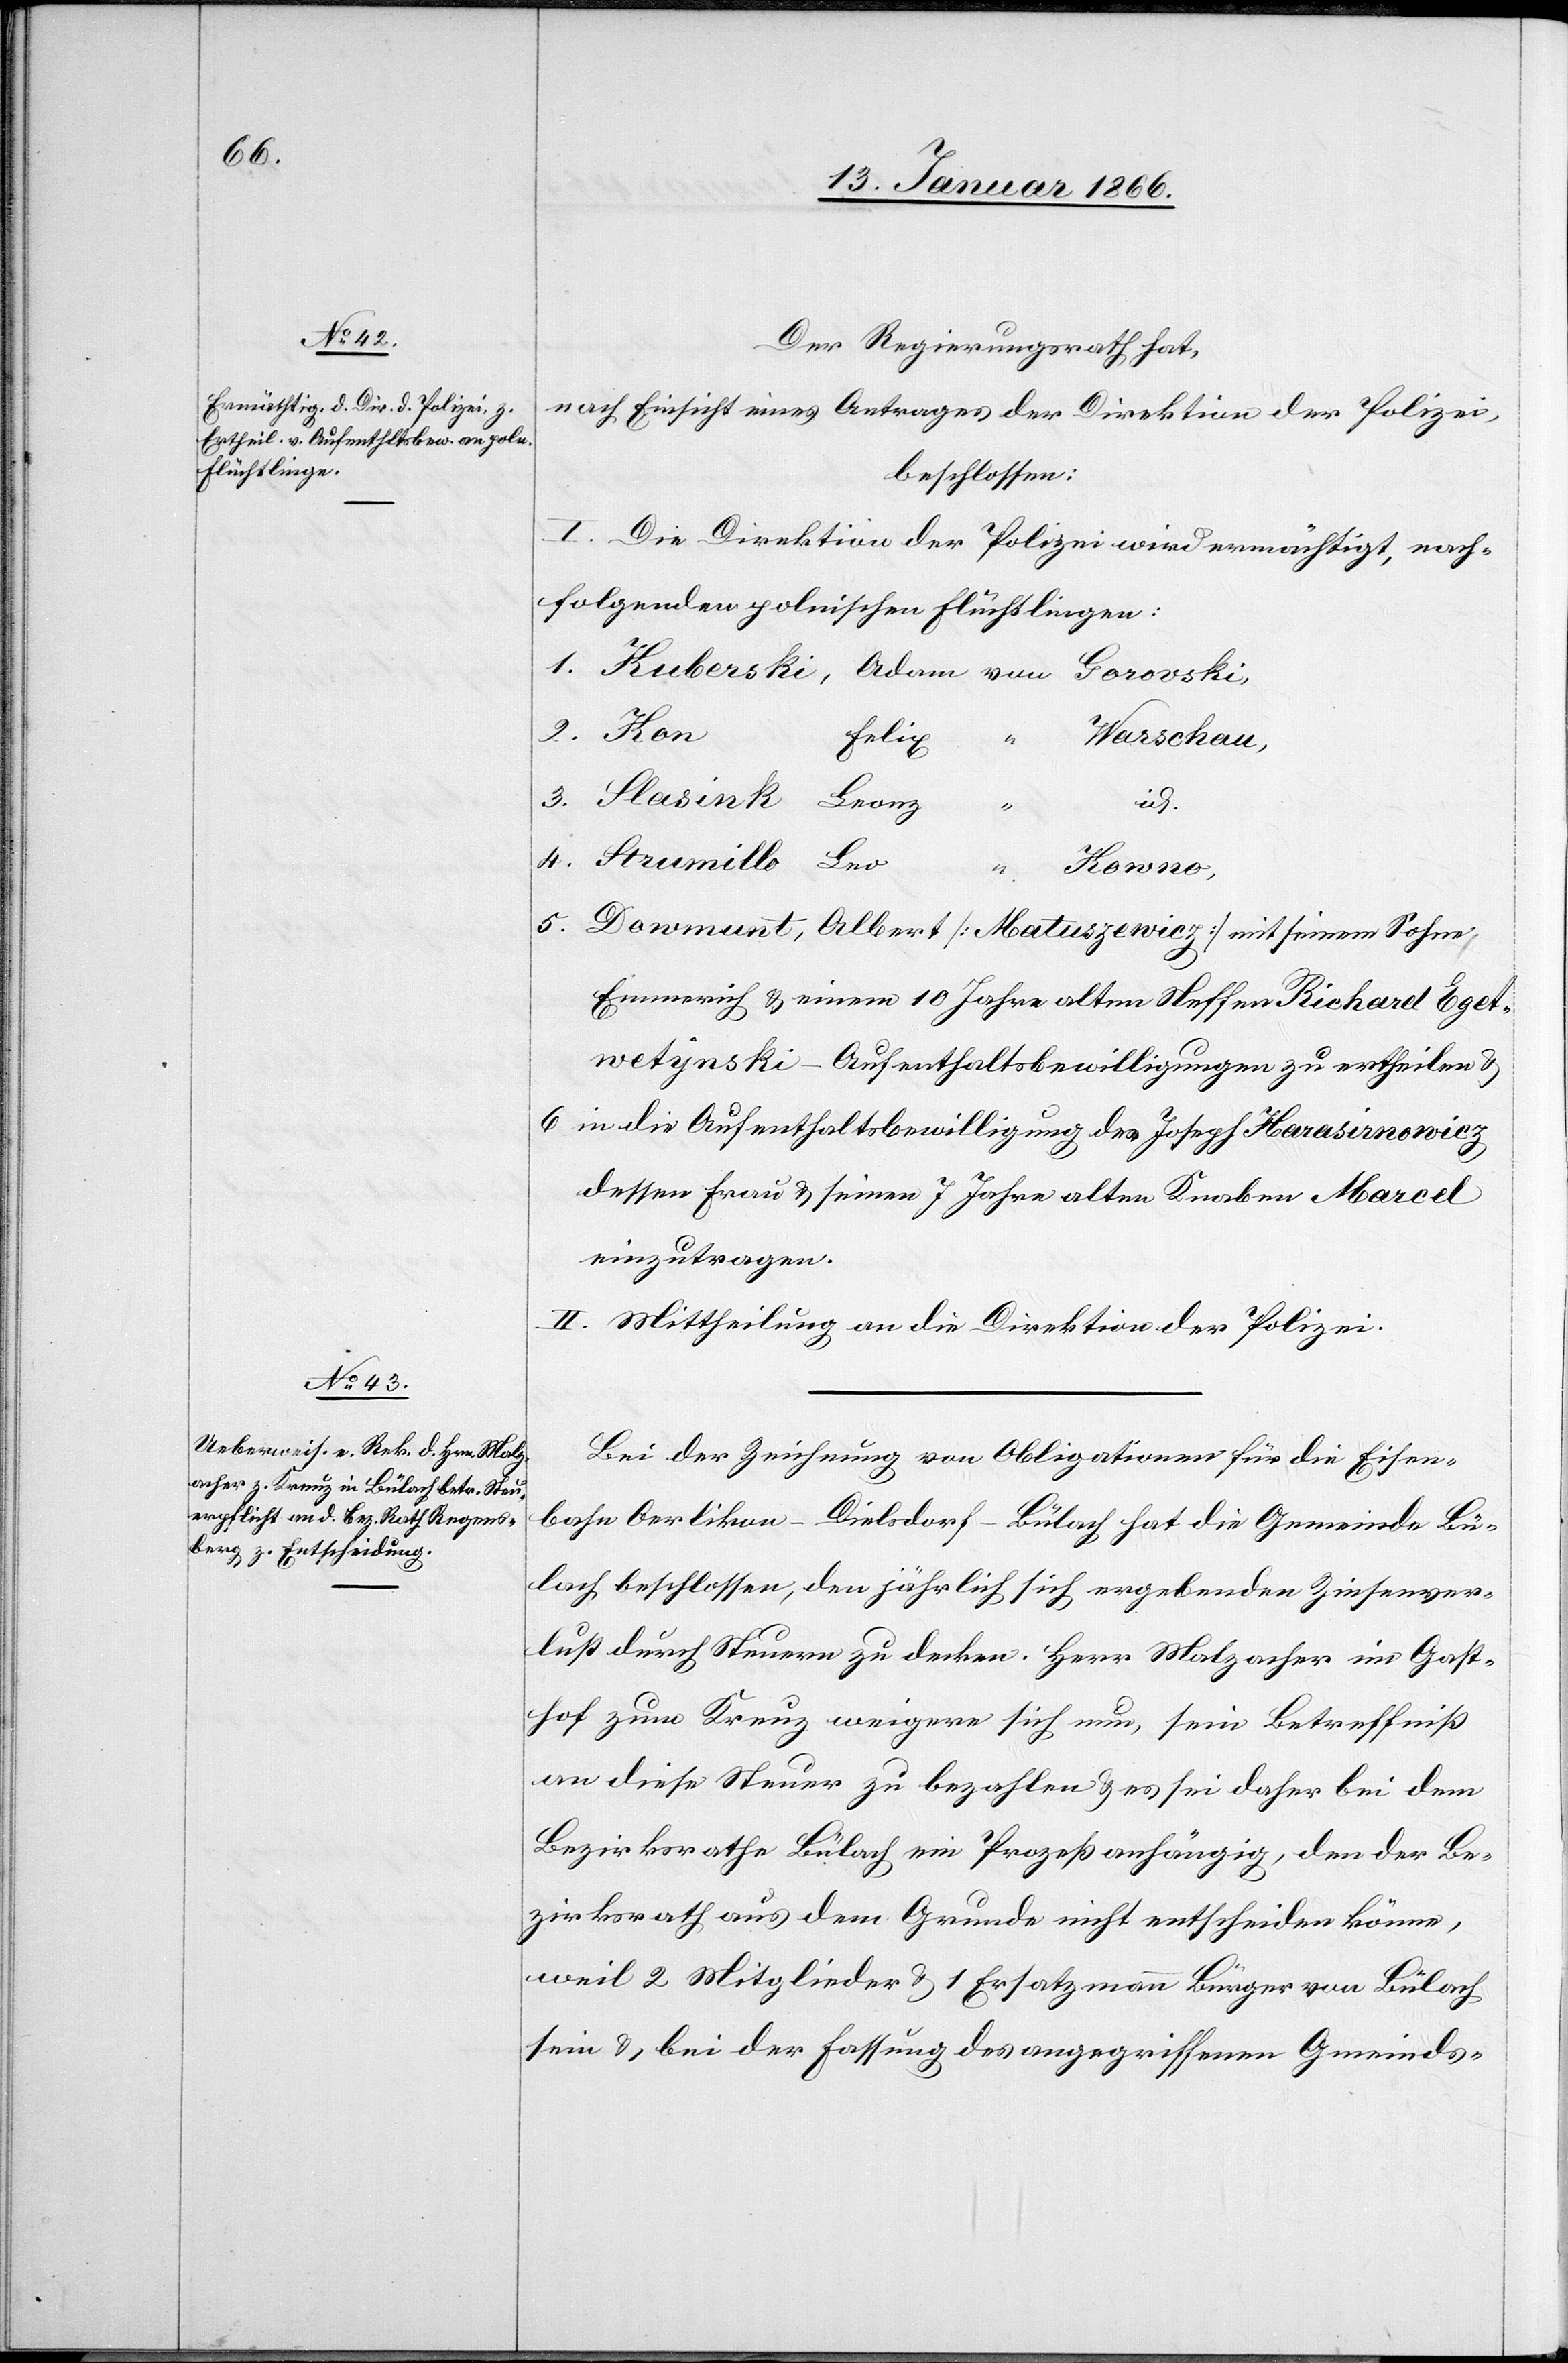
Der Regierungsrath hat,
nach Einsicht eines Antrages der Direktion der Polizei,
beschlossen:
I. Die Direktion der Polizei wird ermächtigt, nach¬
folgenden polnischen Flüchtlingen:
id.
5.	Dowmunt	Albert	[Matuszewicz] mit seinem Sohne
Emmerich u. einem 10 Jahre alten Neffen Richard Eget¬
wetynski – Aufenthaltsbewilligungen zu ertheilen u.
6	in die Aufenthaltsbewilligung des Joseph Karasirnowicz
dessen Frau u. seinen 7 Jahre alten Knaben Marcel
einzutragen.
II. Mittheilung an die Direktion der Polizei.
Bei der Zeichnung von Obligationen für die Eisen¬
bahn Oerlikon–Dielsdorf–Bülach hat die Gemeinde Bü¬
lach beschlossen, den jährlich sich ergebenden Zinsenver¬
lust durch Steuern zu decken. Herr Malzacher im Gast¬
hof Kreuz weigere sich nun, sein Betreffniß
an diese Steuer zu bezahlen u. es sei daher bei dem
Bezirksrathe Bülach ein Prozeß anhängig, den der Be¬
zirksrath aus dem Grunde nicht entscheiden könne,
weil 2 Mitglieder u. 1 Ersatzmann Bürger von Bülach
sein u., bei der Fassung des angegriffenen Gemeinds-